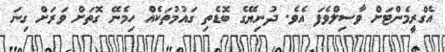
އެގްރީމެންޓަށް ވާސިލްވެފަ އެވެ. ދުނިޔޭގެ ބޮޑެތި ގައުމުތަކެއް ހިމެނޭ ގޮތަށް ވަރަށް ގިނަ